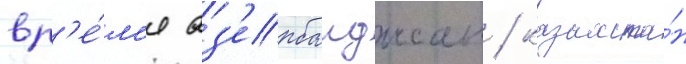
вр'е́м'я аз'ербаиджан / казахста́н